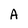
Character: A